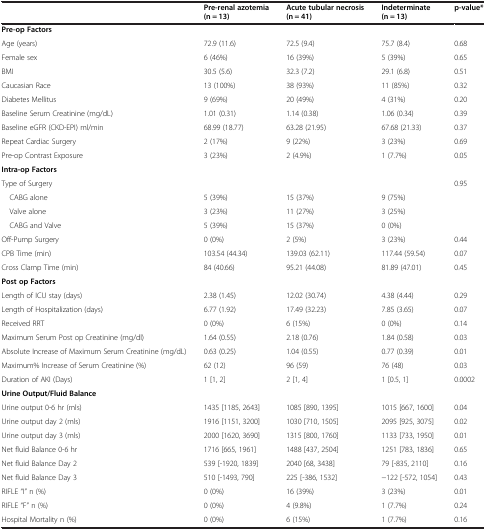
<table><thead><tr><td><b> </b></td><td><b>Pre-renal azotemia (n = 13)</b></td><td><b>Acute tubular necrosis (n = 41)</b></td><td><b>Indeterminate (n = 13)</b></td><td><b>p-value*</b></td></tr></thead><tbody><tr><td><b>Pre-op Factors</b></td><td> </td><td> </td><td> </td><td> </td></tr><tr><td>Age (years)</td><td>72.9 (11.6)</td><td>72.5 (9.4)</td><td>75.7 (8.4)</td><td>0.68</td></tr><tr><td>Female sex</td><td>6 (46%)</td><td>16 (39%)</td><td>5 (39%)</td><td>0.65</td></tr><tr><td>BMI</td><td>30.5 (5.6)</td><td>32.3 (7.2)</td><td>29.1 (6.8)</td><td>0.51</td></tr><tr><td>Caucasian Race</td><td>13 (100%)</td><td>38 (93%)</td><td>11 (85%)</td><td>0.32</td></tr><tr><td>Diabetes Mellitus</td><td>9 (69%)</td><td>20 (49%)</td><td>4 (31%)</td><td>0.20</td></tr><tr><td>Baseline Serum Creatinine (mg/dL)</td><td>1.01 (0.31)</td><td>1.14 (0.38)</td><td>1.06 (0.34)</td><td>0.39</td></tr><tr><td>Baseline eGFR (CKD-EPI) ml/min</td><td>68.99 (18.77)</td><td>63.28 (21.95)</td><td>67.68 (21.33)</td><td>0.37</td></tr><tr><td>Repeat Cardiac Surgery</td><td>2 (17%)</td><td>9 (22%)</td><td>3 (23%)</td><td>0.69</td></tr><tr><td>Pre-op Contrast Exposure</td><td>3 (23%)</td><td>2 (4.9%)</td><td>1 (7.7%)</td><td>0.05</td></tr><tr><td><b>Intra-op Factors</b></td><td> </td><td> </td><td> </td><td> </td></tr><tr><td>Type of Surgery</td><td> </td><td> </td><td> </td><td>0.95</td></tr><tr><td> CABG alone</td><td>5 (39%)</td><td>15 (37%)</td><td>9 (75%)</td><td> </td></tr><tr><td> Valve alone</td><td>3 (23%)</td><td>11 (27%)</td><td>3 (25%)</td><td> </td></tr><tr><td> CABG and Valve</td><td>5 (39%)</td><td>15 (37%)</td><td>0 (0%)</td><td> </td></tr><tr><td>Off-Pump Surgery</td><td>0 (0%)</td><td>2 (5%)</td><td>3 (23%)</td><td>0.44</td></tr><tr><td>CPB Time (min)</td><td>103.54 (44.34)</td><td>139.03 (62.11)</td><td>117.44 (59.54)</td><td>0.07</td></tr><tr><td>Cross Clamp Time (min)</td><td>84 (40.66)</td><td>95.21 (44.08)</td><td>81.89 (47.01)</td><td>0.45</td></tr><tr><td><b>Post op Factors</b></td><td> </td><td> </td><td> </td><td> </td></tr><tr><td>Length of ICU stay (days)</td><td>2.38 (1.45)</td><td>12.02 (30.74)</td><td>4.38 (4.44)</td><td>0.29</td></tr><tr><td>Length of Hospitalization (days)</td><td>6.77 (1.92)</td><td>17.49 (32.23)</td><td>7.85 (3.65)</td><td>0.07</td></tr><tr><td>Received RRT</td><td>0 (0%)</td><td>6 (15%)</td><td>0 (0%)</td><td>0.14</td></tr><tr><td>Maximum Serum Post op Creatinine (mg/dl)</td><td>1.64 (0.55)</td><td>2.18 (0.76)</td><td>1.84 (0.58)</td><td>0.03</td></tr><tr><td>Absolute Increase of Maximum Serum Creatinine (mg/dL)</td><td>0.63 (0.25)</td><td>1.04 (0.55)</td><td>0.77 (0.39)</td><td>0.01</td></tr><tr><td>Maximum% Increase of Serum Creatinine (%)</td><td>62 (12)</td><td>96 (59)</td><td>76 (48)</td><td>0.03</td></tr><tr><td>Duration of AKI (Days)</td><td>1 [1, 2]</td><td>2 [1, 4]</td><td>1 [0.5, 1]</td><td>0.0002</td></tr><tr><td><b>Urine Output/Fluid Balance</b></td><td> </td><td> </td><td> </td><td> </td></tr><tr><td>Urine output 0-6 hr (mls)</td><td>1435 [1185, 2643]</td><td>1085 [890, 1395]</td><td>1015 [667, 1600]</td><td>0.04</td></tr><tr><td>Urine output day 2 (mls)</td><td>1916 [1151, 3200]</td><td>1030 [710, 1505]</td><td>2095 [925, 3075]</td><td>0.02</td></tr><tr><td>Urine output day 3 (mls)</td><td>2000 [1620, 3690]</td><td>1315 [800, 1760]</td><td>1133 [733, 1950]</td><td>0.01</td></tr><tr><td>Net fluid Balance 0-6 hr</td><td>1716 [665, 1961]</td><td>1488 [437, 2504]</td><td>1251 [783, 1836]</td><td>0.65</td></tr><tr><td>Net fluid Balance Day 2</td><td>539 [-1920, 1839]</td><td>2040 [68, 3438]</td><td>79 [-835, 2110]</td><td>0.16</td></tr><tr><td>Net fluid Balance Day 3</td><td>510 [-1493, 790]</td><td>225 [-386, 1532]</td><td>-122 [-572, 1054]</td><td>0.43</td></tr><tr><td>RIFLE “I” n (%)</td><td>0 (0%)</td><td>16 (39%)</td><td>3 (23%)</td><td>0.01</td></tr><tr><td>RIFLE “F” n (%)</td><td>0 (0%)</td><td>4 (9.8%)</td><td>1 (7.7%)</td><td>0.24</td></tr><tr><td>Hospital Mortality n (%)</td><td>0 (0%)</td><td>6 (15%)</td><td>1 (7.7%)</td><td>0.16</td></tr></tbody></table>